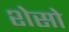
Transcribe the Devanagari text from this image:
शेसो